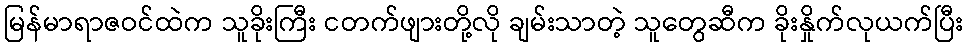
မြန်မာရာဇဝင်ထဲက သူခိုးကြီး ငတက်ဖျားတို့လို ချမ်းသာတဲ့ သူတွေဆီက ခိုးနှိုက်လုယက်ပြီး